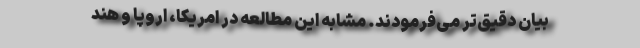
بیان دقیق‌‌تر می‌‌فرمودند. مشابه این مطالعه در امریکا، اروپا و هند